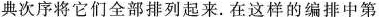
典次序将它们全部排列起来。在这样的编排中第